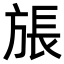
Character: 𪯹